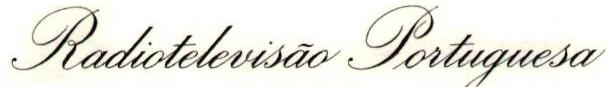
Radiotelevisão Portuguesa